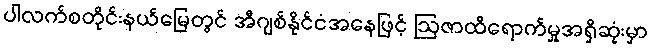
ပါလက်စတိုင်းနယ်မြေတွင် အီဂျစ်နိုင်ငံအနေဖြင့် ဩဇာထိရောက်မှုအရှိဆုံးမှာ